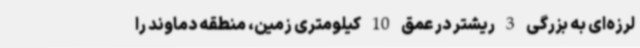
لرزه‌ای به بزرگی 3 ریشتر در عمق 10 کیلومتری زمین، منطقه دماوند را